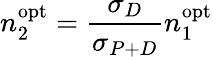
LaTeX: n_{2}^{\mathrm{opt}}=\frac{\sigma_{D}}{\sigma_{P+D}}n_{1}^{\mathrm{opt}}